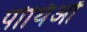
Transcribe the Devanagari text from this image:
पोथिओं